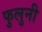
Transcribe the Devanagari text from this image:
फुलुनी